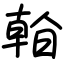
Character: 𣉙